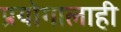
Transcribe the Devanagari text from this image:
प्रयोगालाही